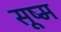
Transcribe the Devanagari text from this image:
सूष्म